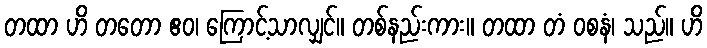
တထာ ဟိ တတော ဧဝ၊ ကြောင့်သာလျှင်။ တစ်နည်းကား။ တထာ တံ ဝစနံ၊ သည်။ ဟိ